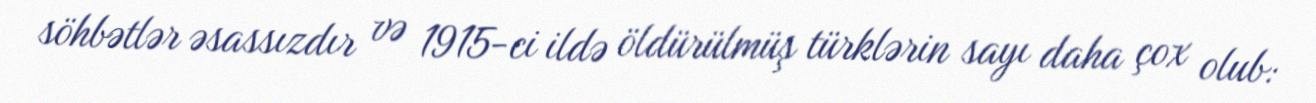
söhbətlər əsassızdır və 1915-ci ildə öldürülmüş türklərin sayı daha çox olub: